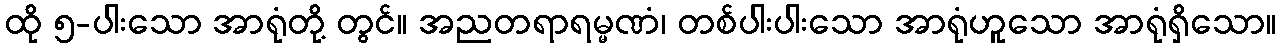
ထို ၅-ပါးသော အာရုံတို့ တွင်။ အညတရာရမ္မဏံ၊ တစ်ပါးပါးသော အာရုံဟူသော အာရုံရှိသော။